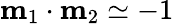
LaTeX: \mathbf{m}_{1}\cdot\mathbf{m}_{2}\simeq-1